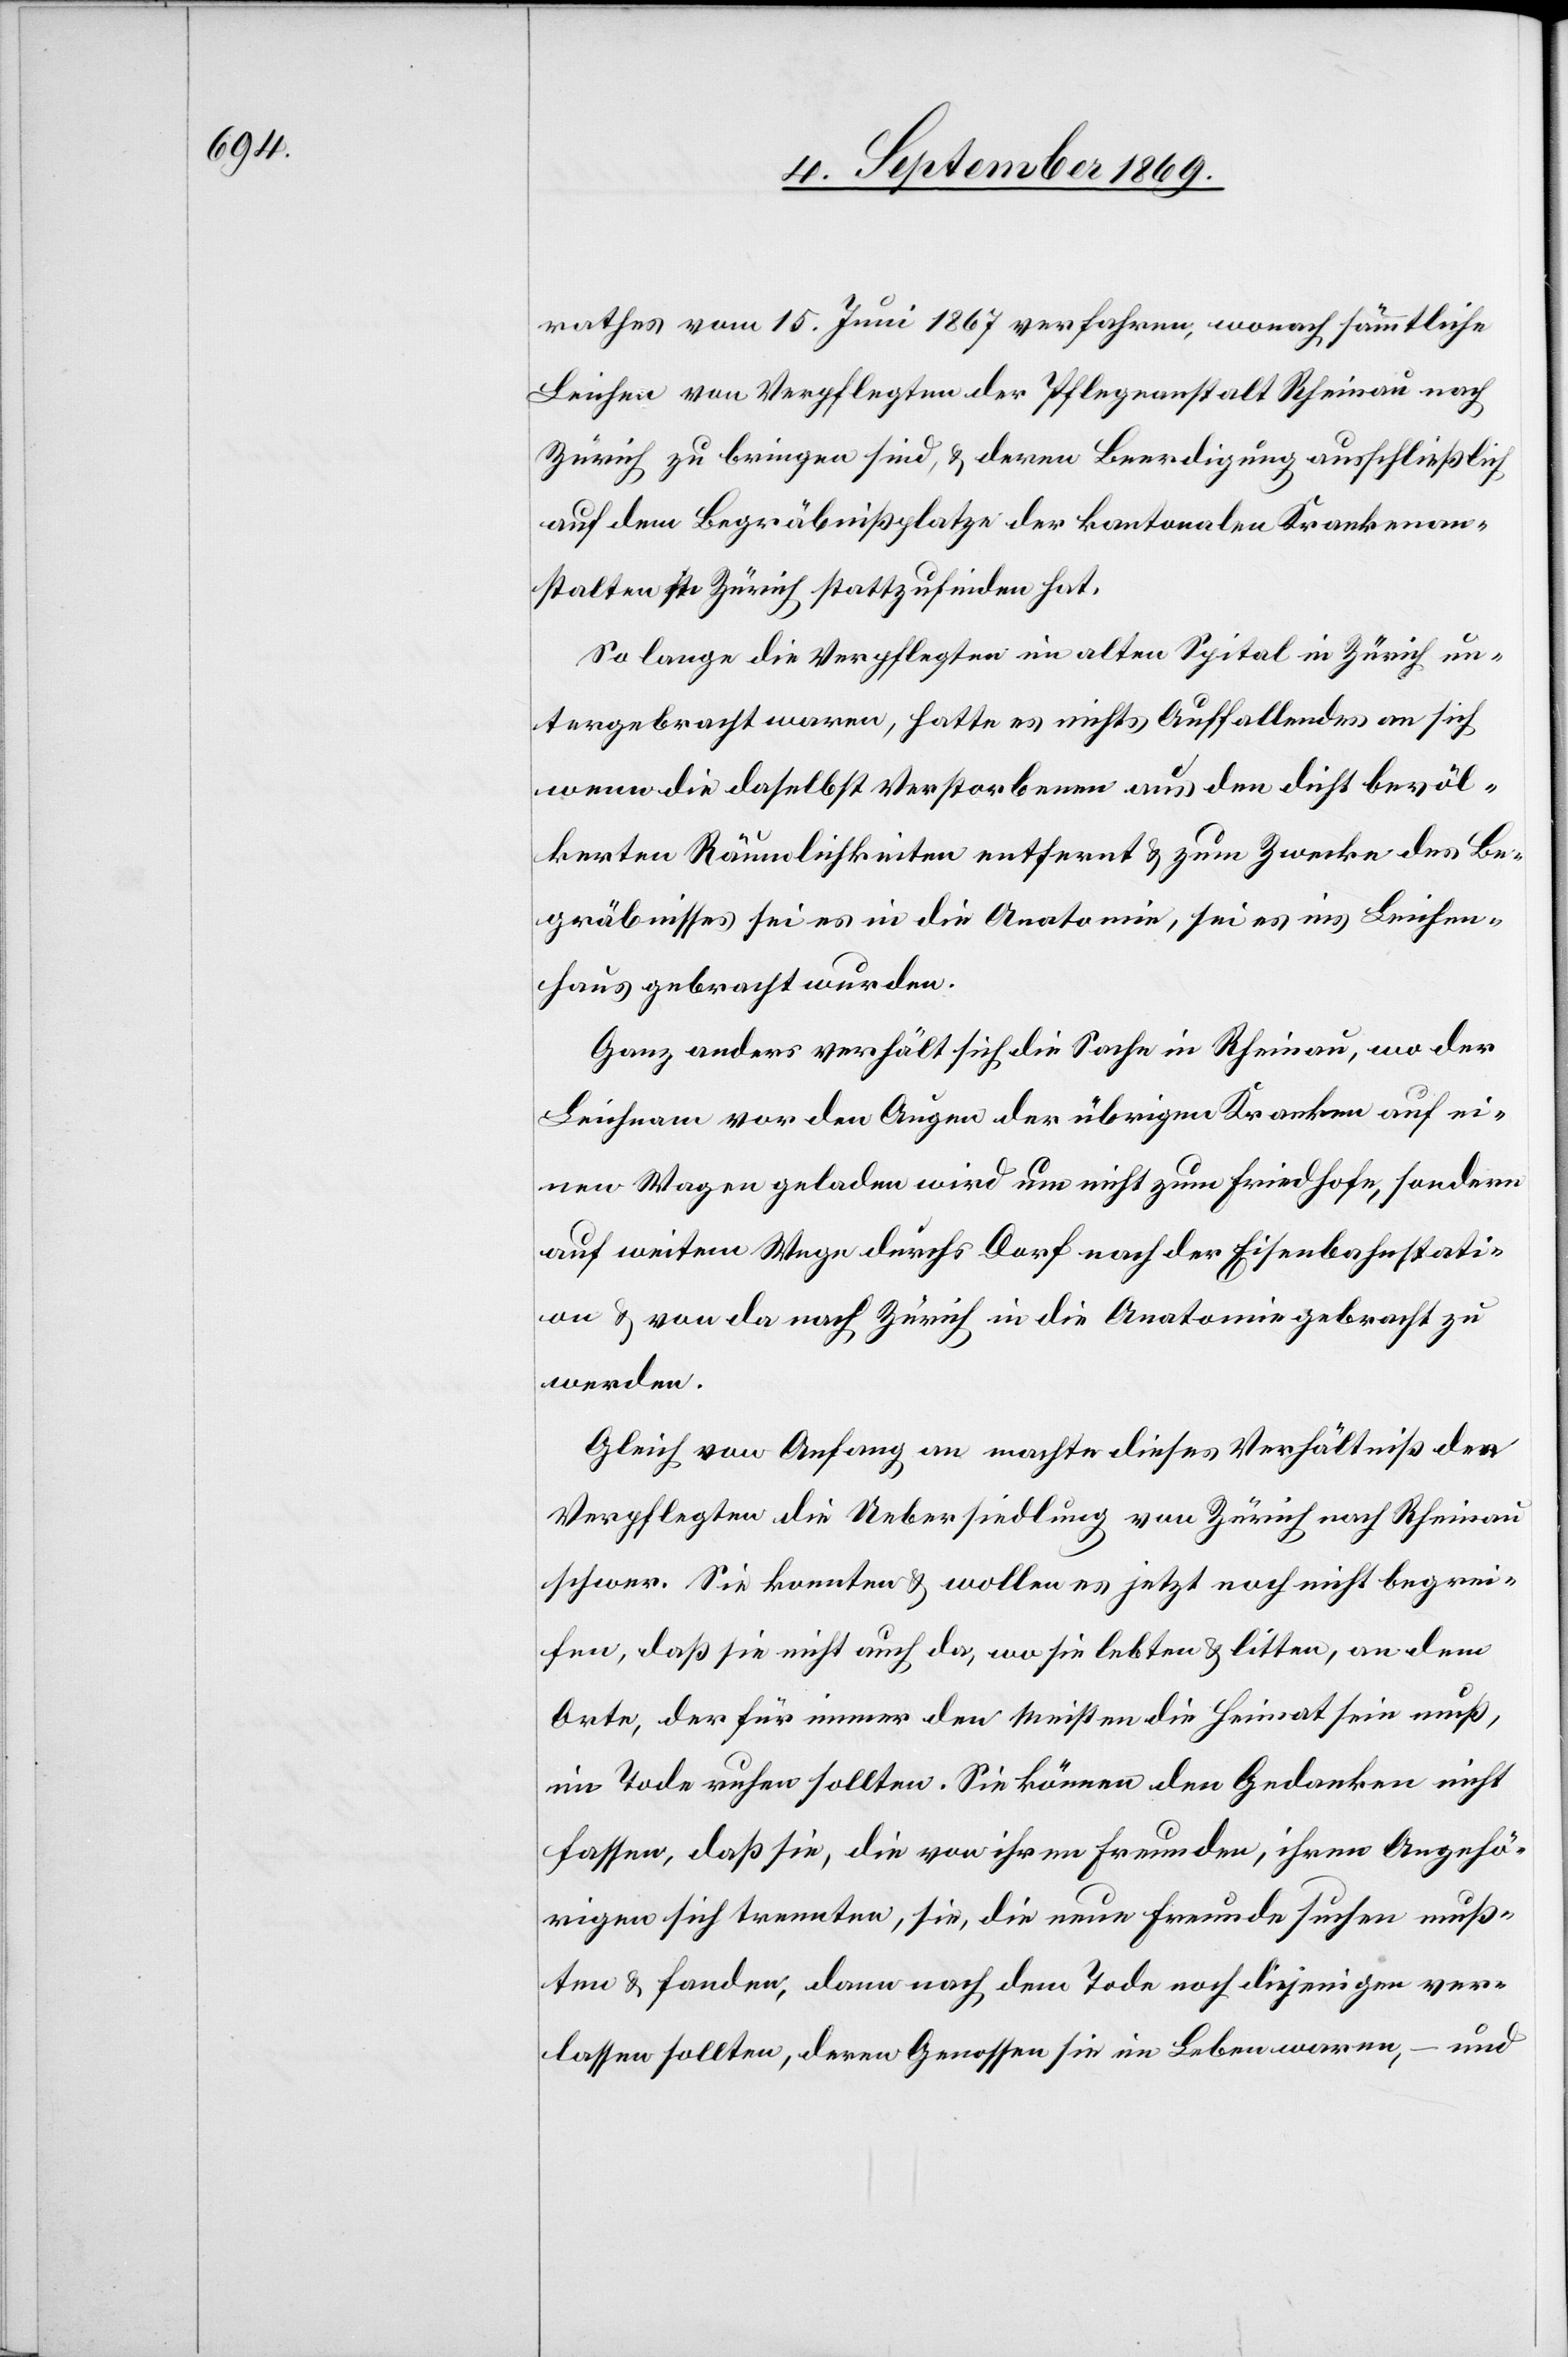
rathes vom 15. Juni 1867 verfahren, wonach sämmtliche
Leichen von Verpflegten der Pflegeanstalt Rheinau nach
Zürich zu bringen sind, & deren Beerdigung ausschließlich
auf dem Begräbnißplatze der kantonalen Krankenan¬
stalten in Zürich stattzufinden hat.
So lange die Verpflegten im alten Spital in Zürich un¬
tergebracht waren, hatte es nichts Auffallendes an sich
wenn die daselbst Verstorbenen aus den dicht bevöl¬
kerten Räumlichkeiten entfernt & zum Zwecke des Be¬
gräbnisses sei es in die Anatomie, sei es ins Leichen¬
haus gebracht wurden.
Ganz anders verhält sich die Sache in Rheinau, wo der
Leichnam vor den Augen der übrigen Kranken auf ei¬
nen Wagen geladen wird um nicht zum Friedhofe, sondern
auf weitem Wege durchs Dorf nach der Eisenbahnstati¬
on & von da nach Zürich in die Anatomie gebracht zu
werden.
Gleich von Anfang an machte dieses Verhältniß den
Verpflegten die Uebersiedlung von Zürich nach Rheinau
schwer. Sie konnten & wollen es jetzt noch nicht begrei¬
fen, daß sie nicht auch da, wo sie lebten & litten, an dem
Orte, der für immer den meisten die Heimat sein muß,
im Tode ruhen sollten. Sie können den Gedanken nicht
fassen, daß sie, die von ihren Freunden, ihren Angehö¬
rigen sich trennten, sie, die neue Freunde suchen muß¬
ten & fanden, dann nach dem Tode noch diejenigen ver¬
lassen sollten, deren Genossen sie im Leben waren, – und